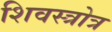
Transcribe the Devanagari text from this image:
शिवस्त्रोत्र